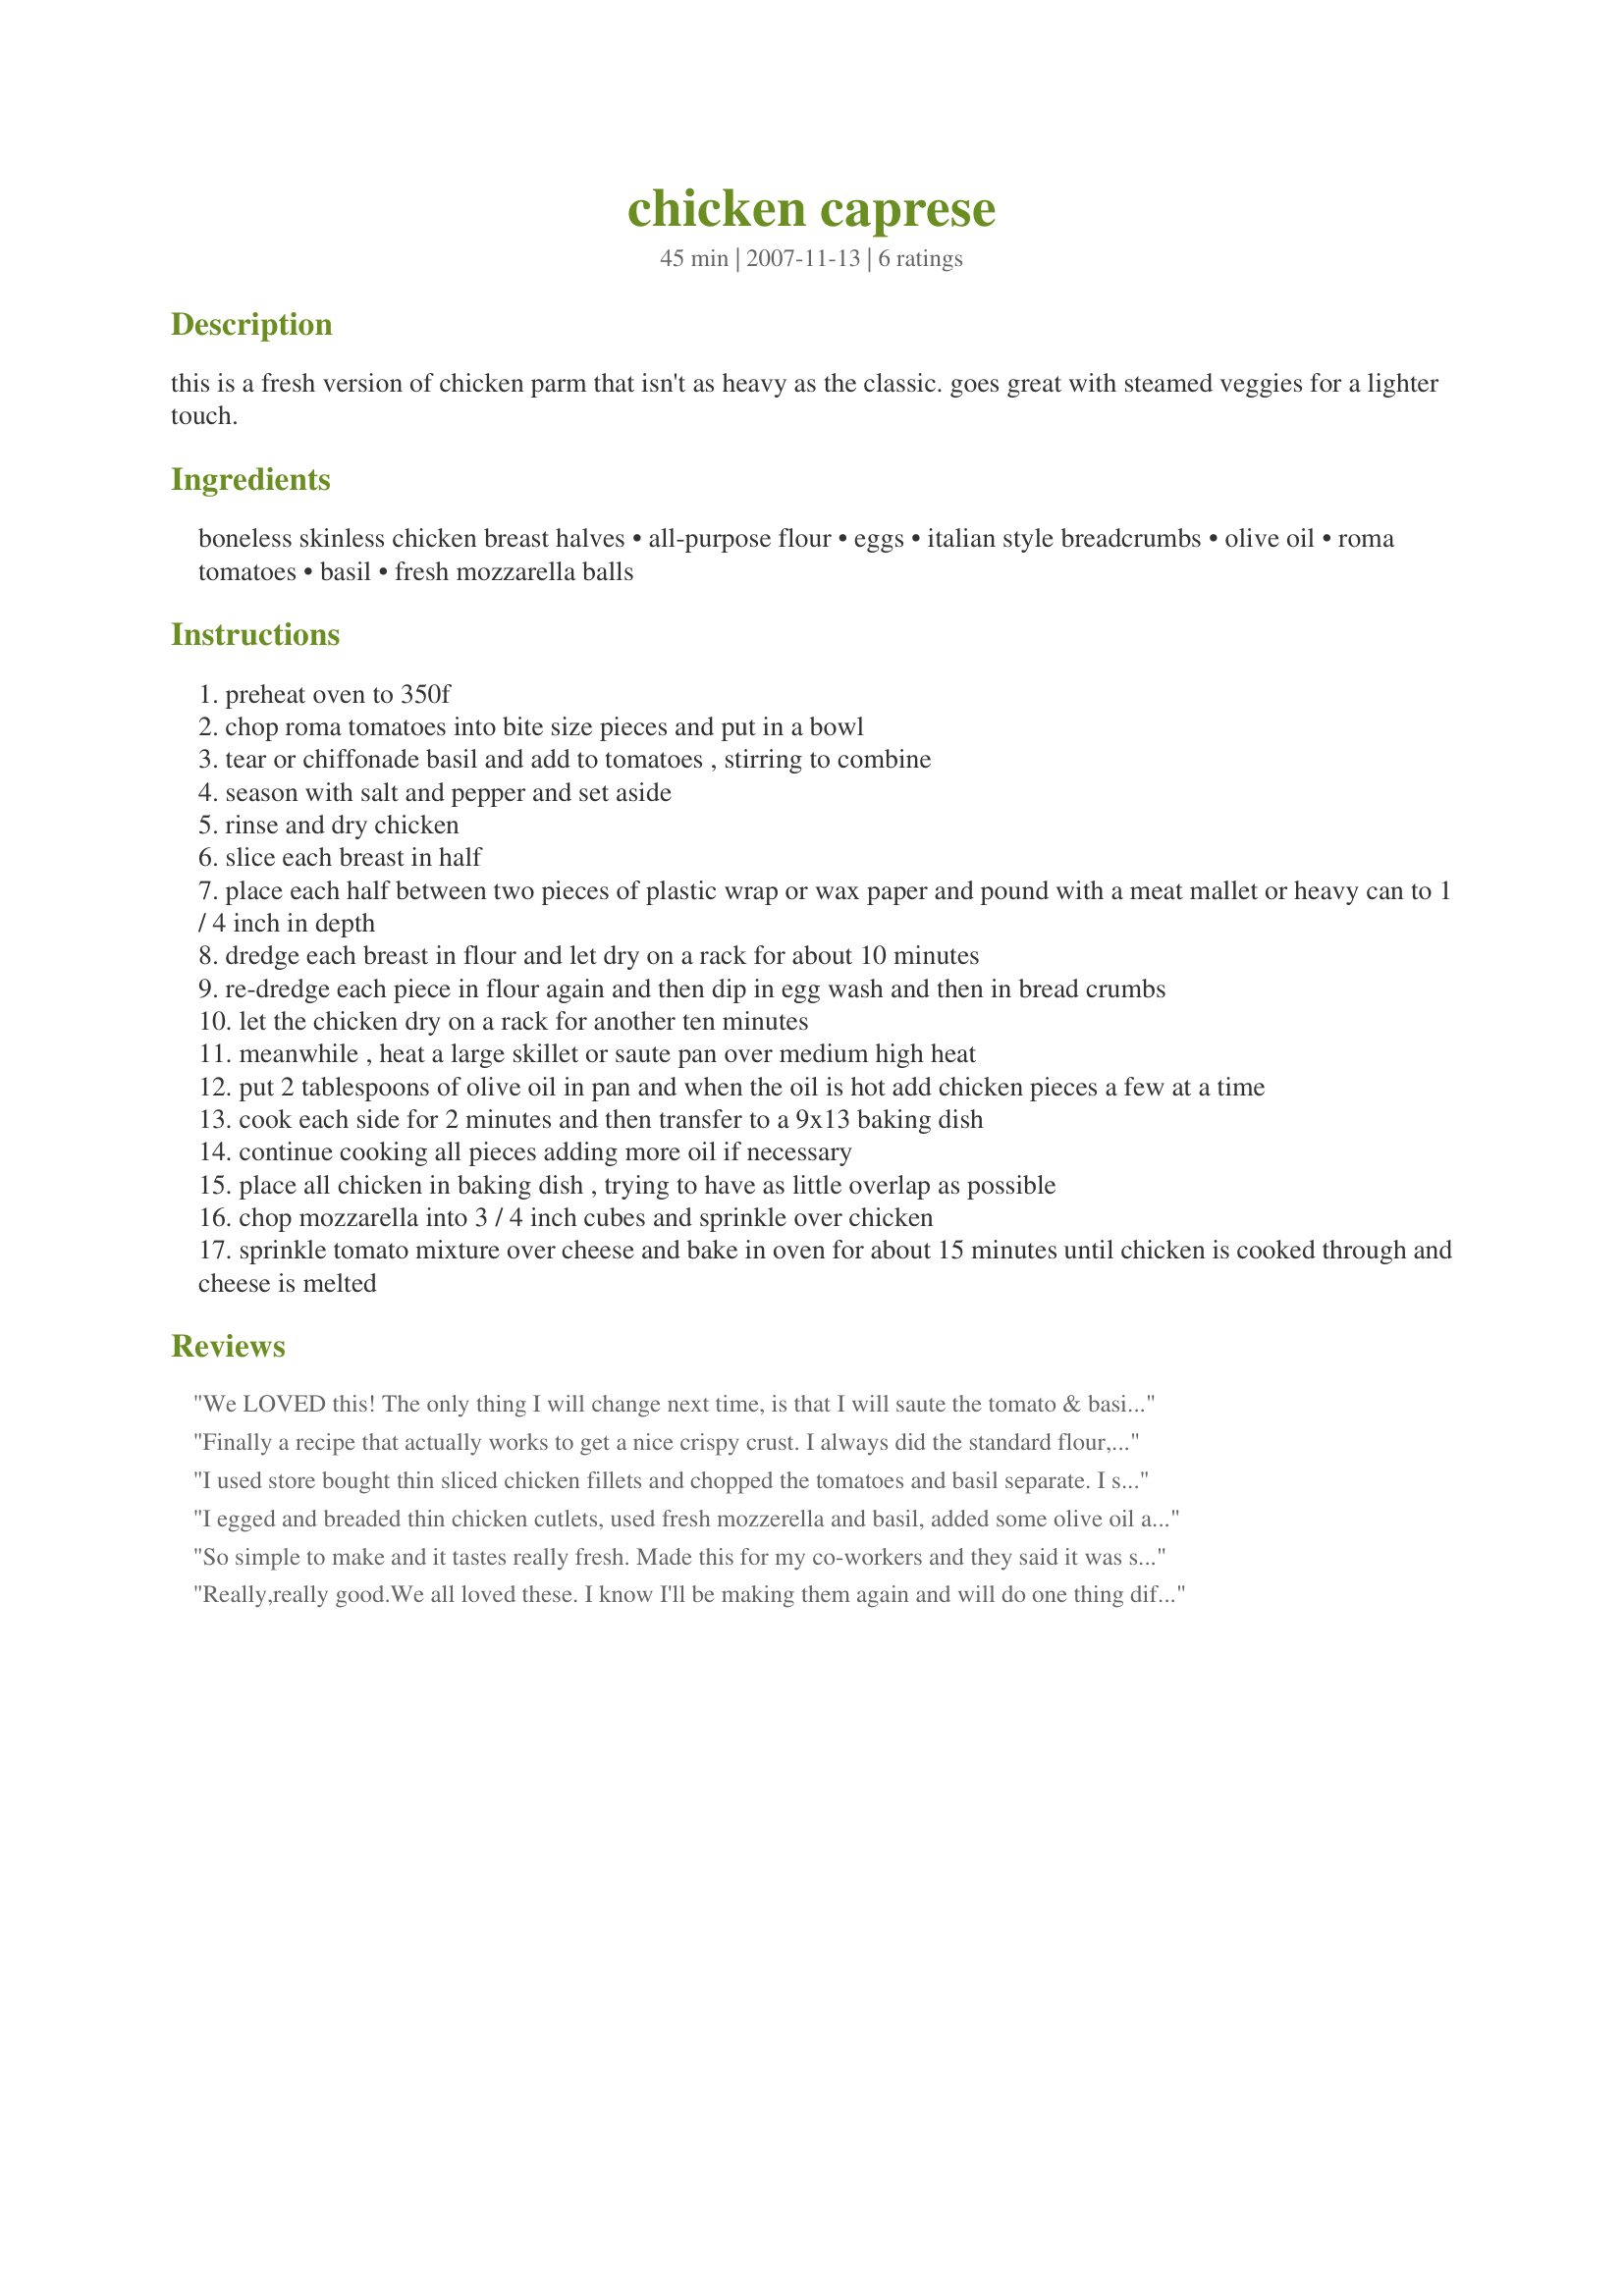
chicken caprese
Preparation time: 45 minutes

this is a fresh version of chicken parm that isn't as heavy as the classic. goes great with steamed veggies for a lighter touch.

Ingredients:
boneless skinless chicken breast halves, all-purpose flour, eggs, italian style breadcrumbs, olive oil, roma tomatoes, basil, fresh mozzarella balls

Steps:
preheat oven to 350f
chop roma tomatoes into bite size pieces and put in a bowl
tear or chiffonade basil and add to tomatoes , stirring to combine
season with salt and pepper and set aside
rinse and dry chicken
slice each breast in half
place each half between two pieces of plastic wrap or wax paper and pound with a meat mallet or heavy can to 1 / 4 inch in depth
dredge each breast in flour and let dry on a rack for about 10 minutes
re-dredge each piece in flour again and then dip in egg wash and then in bread crumbs
let the chicken dry on a rack for another ten minutes
meanwhile , heat a large skillet or saute pan over medium high heat
put 2 tablespoons of olive oil in pan and when the oil is hot add chicken pieces a few at a time
cook each side for 2 minutes and then transfer to a 9x13 baking dish
continue cooking all pieces adding more oil if necessary
place all chicken in baking dish , trying to have as little overlap as possible
chop mozzarella into 3 / 4 inch cubes and sprinkle over chicken
sprinkle tomato mixture over cheese and bake in oven for about 15 minutes until chicken is cooked through and cheese is melted

Reviews:
We LOVED this! The only thing I will change next time, is that I will saute the tomato & basil mixture separately, and add it as a topper after the chicken comes out of the oven. The juices from the tomatoes kept the breadcrumb coating from any hope of crispiness. But overall, the dish was fantastic, and I will make many more times!
Finally a recipe that actually works to get a nice crispy crust. I always did the standard flour, egg, and bread crumbs but it was never very successful. This was great as written but I can definitely see using this as a base for all types of ingredients. Next time I might try it with mushrooms and white wine. Thanks for sharing the recipe.
I used store bought thin sliced chicken fillets and chopped the tomatoes and basil separate. I sautÃ©ed the chicken as directed and put it into a baking dish and added the fresh mozzarella and tomato and baked as indicated. I topped the dish off with the fresh basil. FANTASTIC!
I egged and breaded thin chicken cutlets, used fresh mozzerella and basil, added some olive oil and vinegar.
This was excellent! Like the Caprese appetizer or bruschetta on top of the cutlet. Will make this often and suitable for company. Served with rice and green beans. Thank you!
So simple to make and it tastes really fresh. Made this for my co-workers and they said it was some of the best chicken cutlets they ever had.
Really,really good.We all loved these. I know I'll be making them again and will do one thing differently. I did chiffonade my basil and it got all clumpy when I added it to the tomatoes, so next time I'll sprinkle it on separately.
Thanks!
